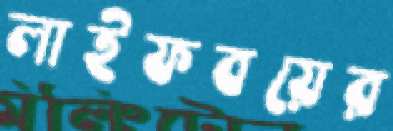
লাইফবয়ের